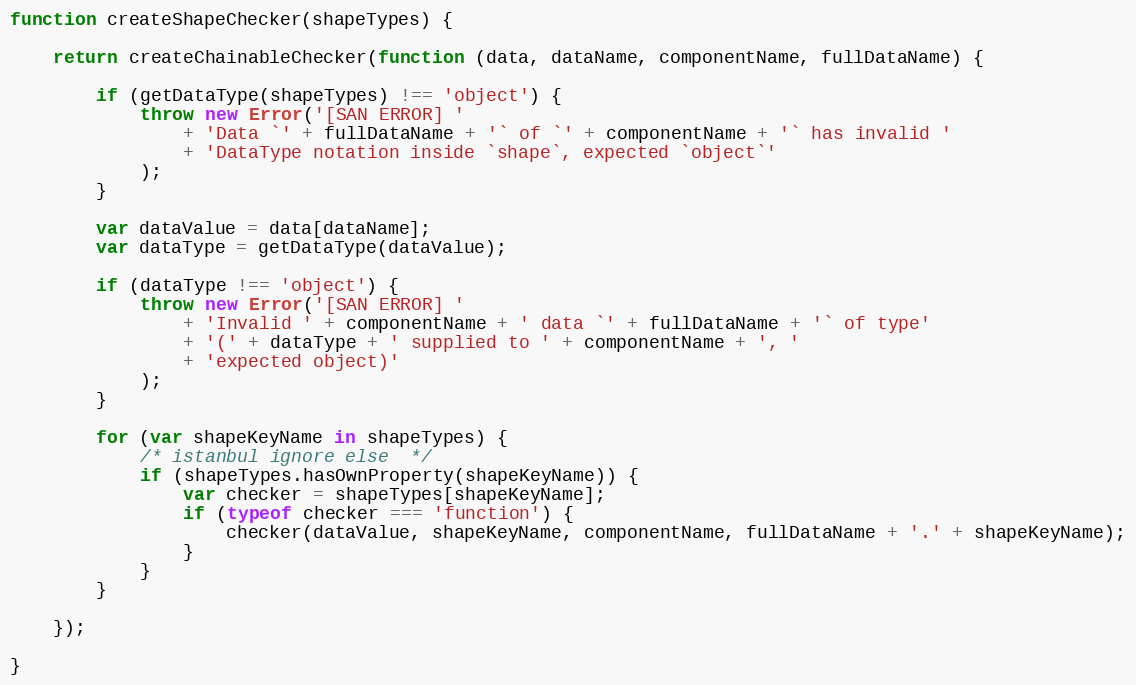
Language: JavaScript
function createShapeChecker(shapeTypes) {

    return createChainableChecker(function (data, dataName, componentName, fullDataName) {

        if (getDataType(shapeTypes) !== 'object') {
            throw new Error('[SAN ERROR] '
                + 'Data `' + fullDataName + '` of `' + componentName + '` has invalid '
                + 'DataType notation inside `shape`, expected `object`'
            );
        }

        var dataValue = data[dataName];
        var dataType = getDataType(dataValue);

        if (dataType !== 'object') {
            throw new Error('[SAN ERROR] '
                + 'Invalid ' + componentName + ' data `' + fullDataName + '` of type'
                + '(' + dataType + ' supplied to ' + componentName + ', '
                + 'expected object)'
            );
        }

        for (var shapeKeyName in shapeTypes) {
            /* istanbul ignore else  */
            if (shapeTypes.hasOwnProperty(shapeKeyName)) {
                var checker = shapeTypes[shapeKeyName];
                if (typeof checker === 'function') {
                    checker(dataValue, shapeKeyName, componentName, fullDataName + '.' + shapeKeyName);
                }
            }
        }

    });

}